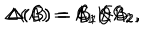
\Delta ( A ) = A _ { 1 } K A _ { 2 } , \hspace { 7 m m } \Delta ( B ) = B _ { 1 } E B _ { 2 } , \hspace { 7 m m } \Delta ( C ) = C _ { 1 } Q C _ { 2 }